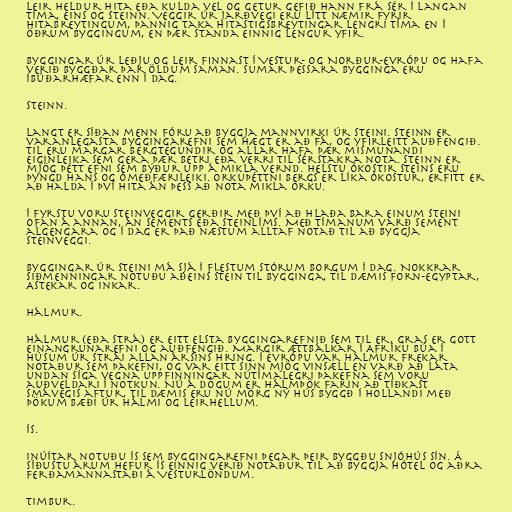
Leir heldur hita eða kulda vel og getur gefið hann frá sér í langan
tíma, eins og steinn. Veggir úr jarðvegi eru lítt næmir fyrir
hitabreytingum, þannig taka hitastigsbreytingar lengri tíma en í
öðrum byggingum, en þær standa einnig lengur yfir.

Byggingar úr leðju og leir finnast í Vestur- og Norður-Evrópu og hafa
verið byggðar þar öldum saman. Sumar þessara bygginga eru
íbúðarhæfar enn í dag.

Steinn.

Langt er síðan menn fóru að byggja mannvirki úr steini. Steinn er
varanlegasta byggingarefni sem hægt er að fá, og yfirleitt auðfengið.
Til eru margar bergtegundir og allar hafa þær mismunandi
eiginleika sem gera þær betri eða verri til sérstakra nota. Steinn er
mjög þétt efni sem býður upp á mikla vernd. Helstu ókostir steins eru
þyngd hans og ómeðfærileiki. Orkuþéttni bergs er líka ókostur, erfitt er
að halda í því hita án þess að nota mikla orku.

Í fyrstu voru steinveggir gerðir með því að hlaða bara einum steini
ofan á annan, án sements eða steinlíms. Með tímanum varð sement
algengara og í dag er það næstum alltaf notað til að byggja
steinveggi.

Byggingar úr steini má sjá í flestum stórum borgum í dag. Nokkrar
siðmenningar notuðu aðeins stein til bygginga, til dæmis Forn-Egyptar,
Astekar og Inkar.

Hálmur.

Hálmur (eða strá) er eitt elsta byggingarefnið sem til er, gras er gott
einangrunarefni og auðfengið. Margir ættbálkar í Afríku búa í
húsum úr strái allan ársins hring. Í Evrópu var hálmur frekar
notaður sem þakefni, og var eitt sinn mjög vinsæll en varð að láta
undan síga vegna uppfinningar nútímalegri þakefna sem voru
auðveldari í notkun. Nú á dögum er hálmþök farin að tíðkast
smávegis aftur, til dæmis eru nú mörg ný hús byggð í Hollandi með
þökum bæði úr hálmi og leirhellum.

Ís.

Inúítar notuðu ís sem byggingarefni þegar þeir byggðu snjóhús sín. Á
síðustu árum hefur ís einnig verið notaður til að byggja hótel og aðra
ferðamannastaði á Vesturlöndum.

Timbur.